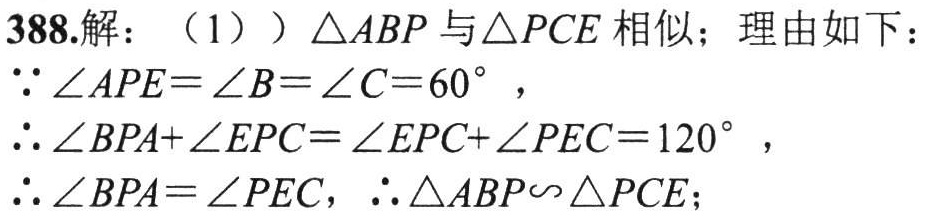
388.解：（1））\(\triangle ABP\)与\(\triangle PCE\)相似；理由如下：

\(\because \angle APE = \angle B=\angle C = 60^{\circ}\)，

\(\therefore \angle BPA+\angle EPC=\angle EPC+\angle PEC = 120^{\circ}\)，

\(\therefore \angle BPA=\angle PEC\)，\(\therefore \triangle ABP\sim\triangle PCE\)；